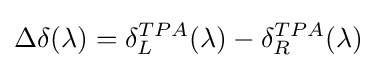
\Delta \delta (\lambda )=\delta _{L}^{TPA}(\lambda )-\delta _{R}^{TPA}(\lambda )